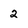
Character: 2